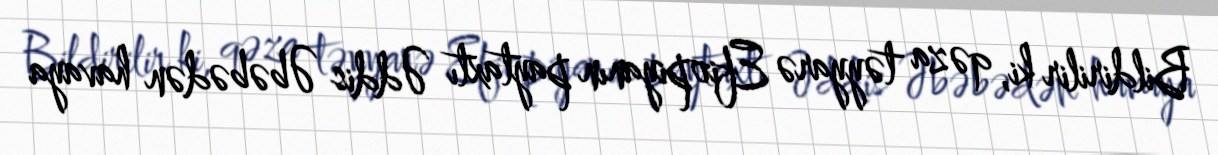
Bildirilir ki, qəza təyyarə Efiopiyanın paytaxtı Əddis Əbəbədən havaya